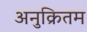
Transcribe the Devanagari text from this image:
अनुक्रितम